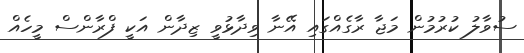
ސުވާލު ކުރުމުން މަޖާ ރާގެއްގައި އޭނާ ވިދާޅުވީ ޒިދާން އަކީ ފްރާންސް މީހެއް